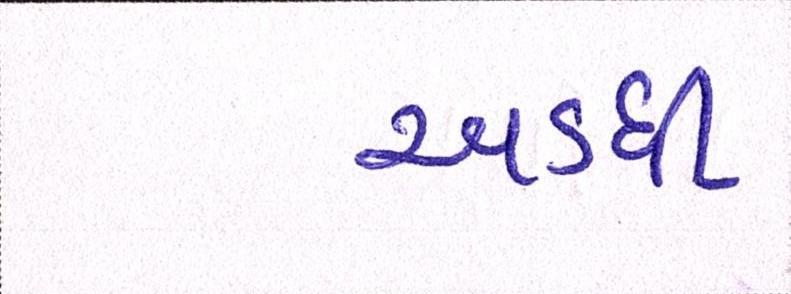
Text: અડધી